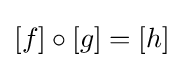
[f]\circ [g]=[h]